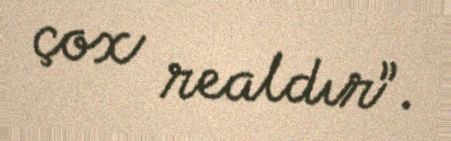
çox realdır”.